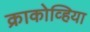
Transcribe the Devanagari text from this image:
क्राकोव्हिया